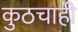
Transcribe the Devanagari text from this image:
कुठचाही